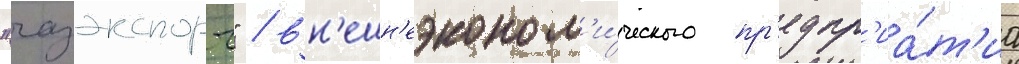
"газэкспорт" / вн'ешн'еэконом'и́ческого пр'едпр'иа́т'иа